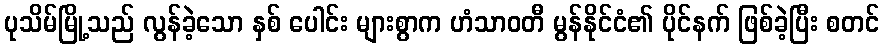
ပုသိမ်မြို့သည် လွန်ခဲ့သော နှစ် ပေါင်း များစွာက ဟံသာဝတီ မွန်နိုင်ငံ၏ ပိုင်နက် ဖြစ်ခဲ့ပြီး စတင်